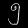
Digit: ၅